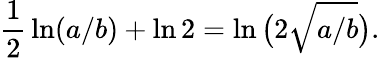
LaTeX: {\frac{1}{2}}\ln(a/b)+\ln 2=\ln{\bigl(}2{\sqrt{a/b}}{\bigr)}.